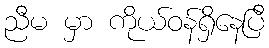
ညီမ မှာ ကိုယ်ဝန်ရှိနေပြီ